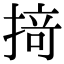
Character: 𢰤